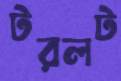
টরলট